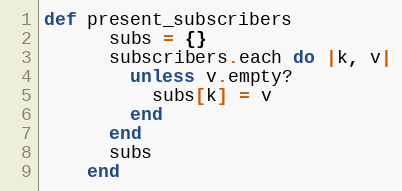
Language: Ruby
def present_subscribers
      subs = {}
      subscribers.each do |k, v|
        unless v.empty?
          subs[k] = v
        end
      end
      subs
    end